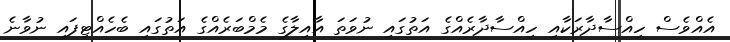
އެއްވެސް ހިއްސާދާރަކާއި ހިއްސާދާރެއްގެ އަތުގައި ނުވަތަ އާއިލާގެ މެމްބަރެއްގެ އަތުގައި ބެހެއްޓިފައި ނުވާނެ